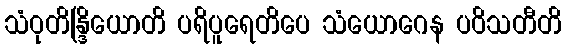
သံဝုတိန္ဒြိယောတိ ပရိပူရေတိပေ သံယောဂေန ပဝိသတီတိ